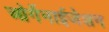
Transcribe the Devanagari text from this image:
ओर्गेनाईजेशन